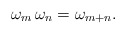
\begin{align*}\omega_m \, \omega_n = \omega_{m+n}.\end{align*}